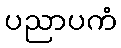
ပညာပကံ